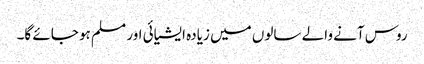
روس آنے والے سالوں میں زیادہ ایشیائی اور مسلم ہو جائے گا۔